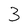
Character: 3